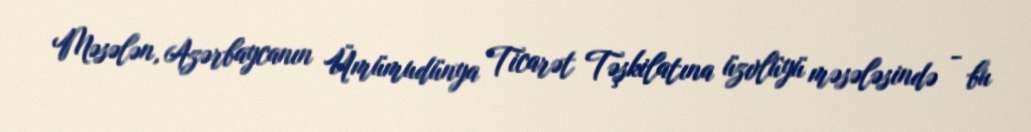
Məsələn, Azərbaycanın Ümümudünya Ticarət Təşkilatına üzvlüyü məsələsində - bu